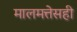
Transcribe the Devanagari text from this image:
मालमत्तेसही